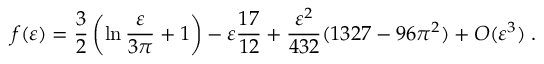
f ( \varepsilon ) = \frac { 3 } { 2 } \left( \ln \frac { \varepsilon } { 3 \pi } + 1 \right) - \varepsilon \frac { 1 7 } { 1 2 } + \frac { \varepsilon ^ { 2 } } { 4 3 2 } ( 1 3 2 7 - 9 6 \pi ^ { 2 } ) + O ( \varepsilon ^ { 3 } ) \; .